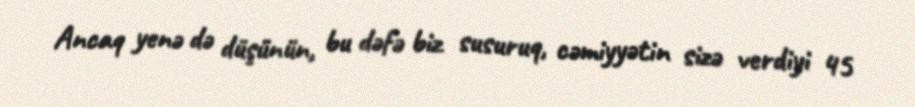
Ancaq yenə də düşünün, bu dəfə biz susuruq, cəmiyyətin sizə verdiyi 45